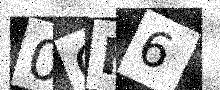
Text: 0CH6